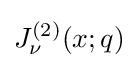
J_{\nu }^{(2)}(x;q)